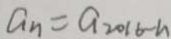
a _ { n } = a _ { 2 0 1 6 - n }